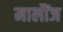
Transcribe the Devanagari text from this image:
मालौंज